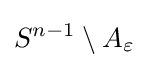
S^{n-1}\setminus A_{\varepsilon }